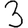
Digit: 3